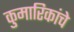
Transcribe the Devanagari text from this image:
कुमारिकांचे